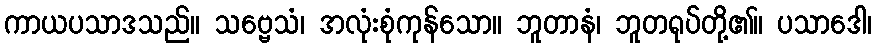
ကာယပသာဒသည်။ သဗ္ဗေသံ၊ အလုံးစုံကုန်သော။ ဘူတာနံ၊ ဘူတရုပ်တို့၏။ ပသာဒေါ၊